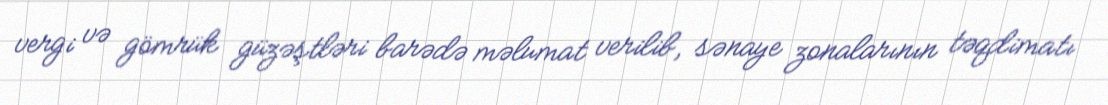
vergi və gömrük güzəştləri barədə məlumat verilib, sənaye zonalarının təqdimatı